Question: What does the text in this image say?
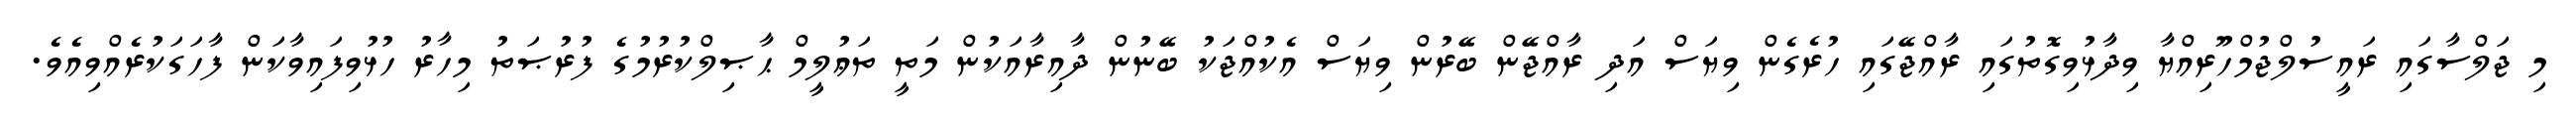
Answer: މި ޖަލްސާގައި ރައީސުލްޖުމްހޫރިއްޔާ ވިދާޅުވިގޮތުގައި ރާއްޖޭގައި ހުރެގެން ވިޔަސް އަދި ރާއްޖޭން ބޭރުން ވިޔަސް އެކުއްޖަކު ބޭނުން ދާއިރާއަކުން މަތީ ތަޢުލީމް ޙާޞިލްކުރުމުގެ ފުރުޞަތު މިހާރު ހުޅުވިފައިވާކަން ފާހަގަކުރެއްވިއެވެ.